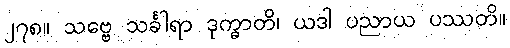
၂၇၈။ သဗ္ဗေ သင်္ခါရာ ဒုက္ခာတိ၊ ယဒါ ပညာယ ပဿတိ။